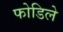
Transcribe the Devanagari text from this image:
फोडिले